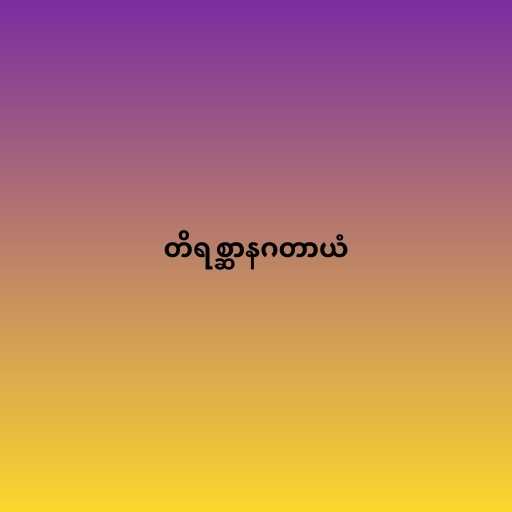
တိရစ္ဆာနဂတာယံ